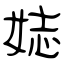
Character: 娡